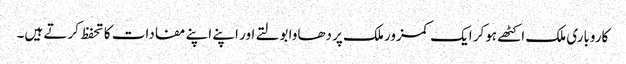
کاروباری ملک اکٹھے ہوکر ایک کمزور ملک پر دھاوا بولتے اور اپنے اپنے مفادات کا تحفظ کرتے ہیں۔